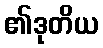
၏ဒုတိယ